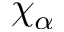
\chi _ { \alpha }